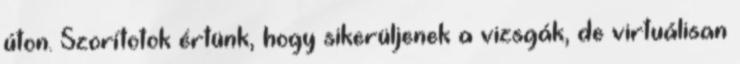
úton. Szorítotok értünk, hogy sikerüljenek a vizsgák, de virtuálisan